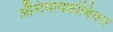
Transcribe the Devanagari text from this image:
ॲन्टिमायक्रोबियल